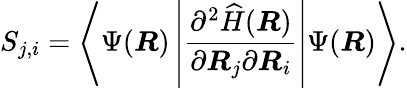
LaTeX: {S}_{{j},{i}}=\left\langle\Psi(\boldsymbol{R})\left|\frac{\partial^{2}\widehat{{H}}(\boldsymbol{R})}{\partial\boldsymbol{R}_{{j}}\partial\boldsymbol{R}_{{i}}}\right|\Psi(\boldsymbol{R})\right\rangle.